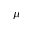
\mu